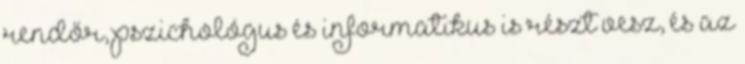
rendőr, pszichológus és informatikus is részt vesz, és az